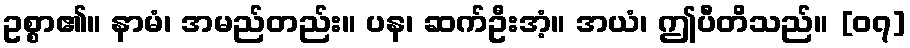
ဥစ္စာ၏။ နာမံ၊ အမည်တည်း။ ပန၊ ဆက်ဦးအံ့။ အယံ၊ ဤပီတိသည်။ [၀၇]